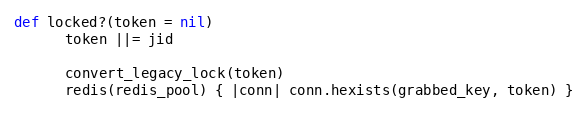
Language: Ruby
def locked?(token = nil)
      token ||= jid

      convert_legacy_lock(token)
      redis(redis_pool) { |conn| conn.hexists(grabbed_key, token) }